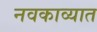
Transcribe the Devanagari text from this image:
नवकाव्यात